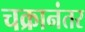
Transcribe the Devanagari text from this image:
चक्रानंतर